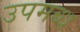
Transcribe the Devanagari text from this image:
उपमब्ध